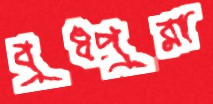
বুধপুরা